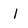
Character: l